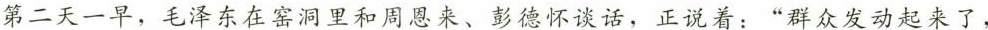
第二天一早，毛泽东在窑洞里和周恩来、彭德怀谈话，正说着：”群众发动起来了，